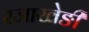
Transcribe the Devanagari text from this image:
रजाखेङी